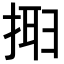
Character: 𢮮